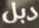
دبل